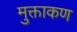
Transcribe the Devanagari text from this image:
मुक्ताकण